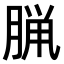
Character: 𫞇